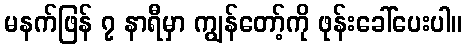
မနက်ဖြန် ၇ နာရီမှာ ကျွန်တော့်ကို ဖုန်းခေါ်ပေးပါ။